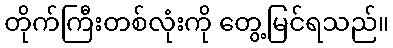
တိုက်ကြီးတစ်လုံးကို တွေ့မြင်ရသည်။